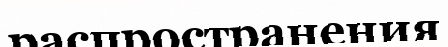
распространения